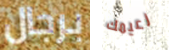
برجال زعيمك